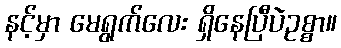
နင့်မှာ မေရွက်လေး ရှိနေပြီပဲဥစ္စာ။